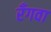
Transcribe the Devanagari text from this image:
रँगवा